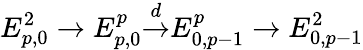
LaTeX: E_{p,0}^{2}\to E_{p,0}^{p}{\overset{d}{\to}}E_{0,p-1}^{p}\to E_{0,p-1}^{2}